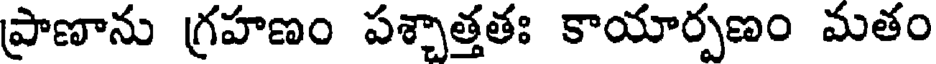
ప్రాణాను గ్రహణం పశ్చాత్తతః కాయార్పణం మతం